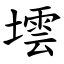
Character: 墵